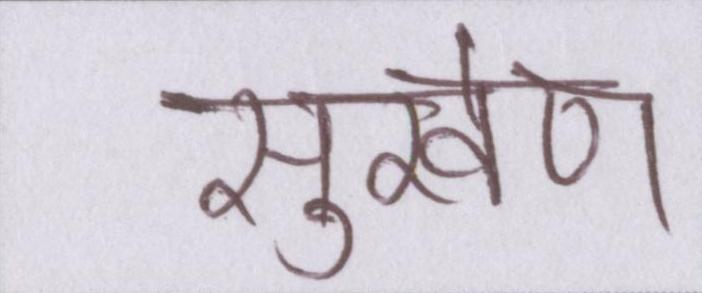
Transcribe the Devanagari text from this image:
सुखेण